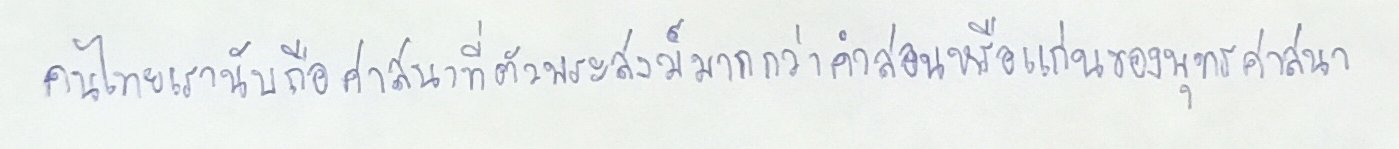
คนไทยเรานับถือศาสนาที่ตัวพระสงฆ์มากกว่าคำสอนหรือแก่นของพุทธศาสนา